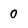
Character: 0